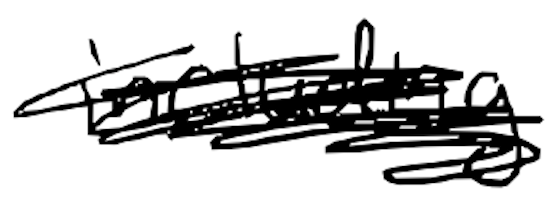
Text: including
Cross-out: scratch
Writing tool: digital_black